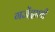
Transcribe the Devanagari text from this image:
गजेंद्राशी